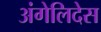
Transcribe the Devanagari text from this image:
अंगेलिदेस